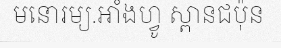
មនោរម្យ.អាំងហ្វូ ស្ពានជប៉ុន